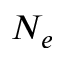
N _ { e }